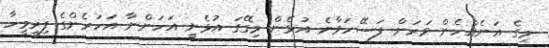
މިގެ އަނެއްހެން ވަރަށް ފަސޭހަވާނެ އުޅެން މިގޭގަ އުޅެނީ އަހަންނާ އަހަރެންގެ ފިރިމީހާ